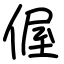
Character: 偓